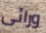
ورائى